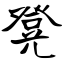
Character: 凳